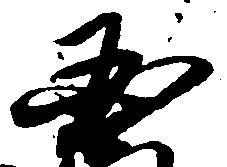
国